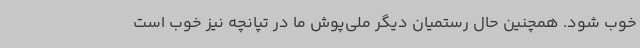
خوب شود. همچنین حال رستمیان دیگر ملی‌پوش ما در تپانچه نیز خوب است